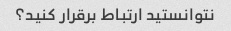
نتوانستید ارتباط برقرار کنید؟